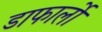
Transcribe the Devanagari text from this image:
डाफार्लो